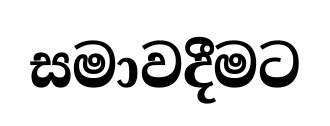
සමාවදීමට